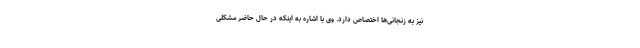
نیز به زنجانی‌ها اختصاص دارد. وی با اشاره به اینکه در حال حاضر مشکلی